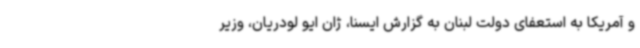
و آمریکا به استعفای دولت لبنان به گزارش ایسنا، ژان ایو لودریان، وزیر